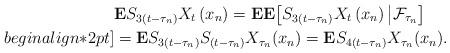
LaTeX: \begin{align*}& \mathbf{E}S_{3(t-\tau_{n})}X_{t}\,(x_{n})=\mathbf{EE}\bigl[S_{3(t-\tau_{n})}X_{t}\,(x_{n})\,\bigl|\mathcal{F}_{\tau_{n}}\bigr]\\begin{align*}2pt]& =\mathbf{E}S_{3(t-\tau_{n})}S_{(t-\tau_{n})}X_{\tau_{n}}(x_{n})=\mathbf{E}S_{4(t-\tau_{n})}X_{\tau_{n}}(x_{n}).\end{align*}